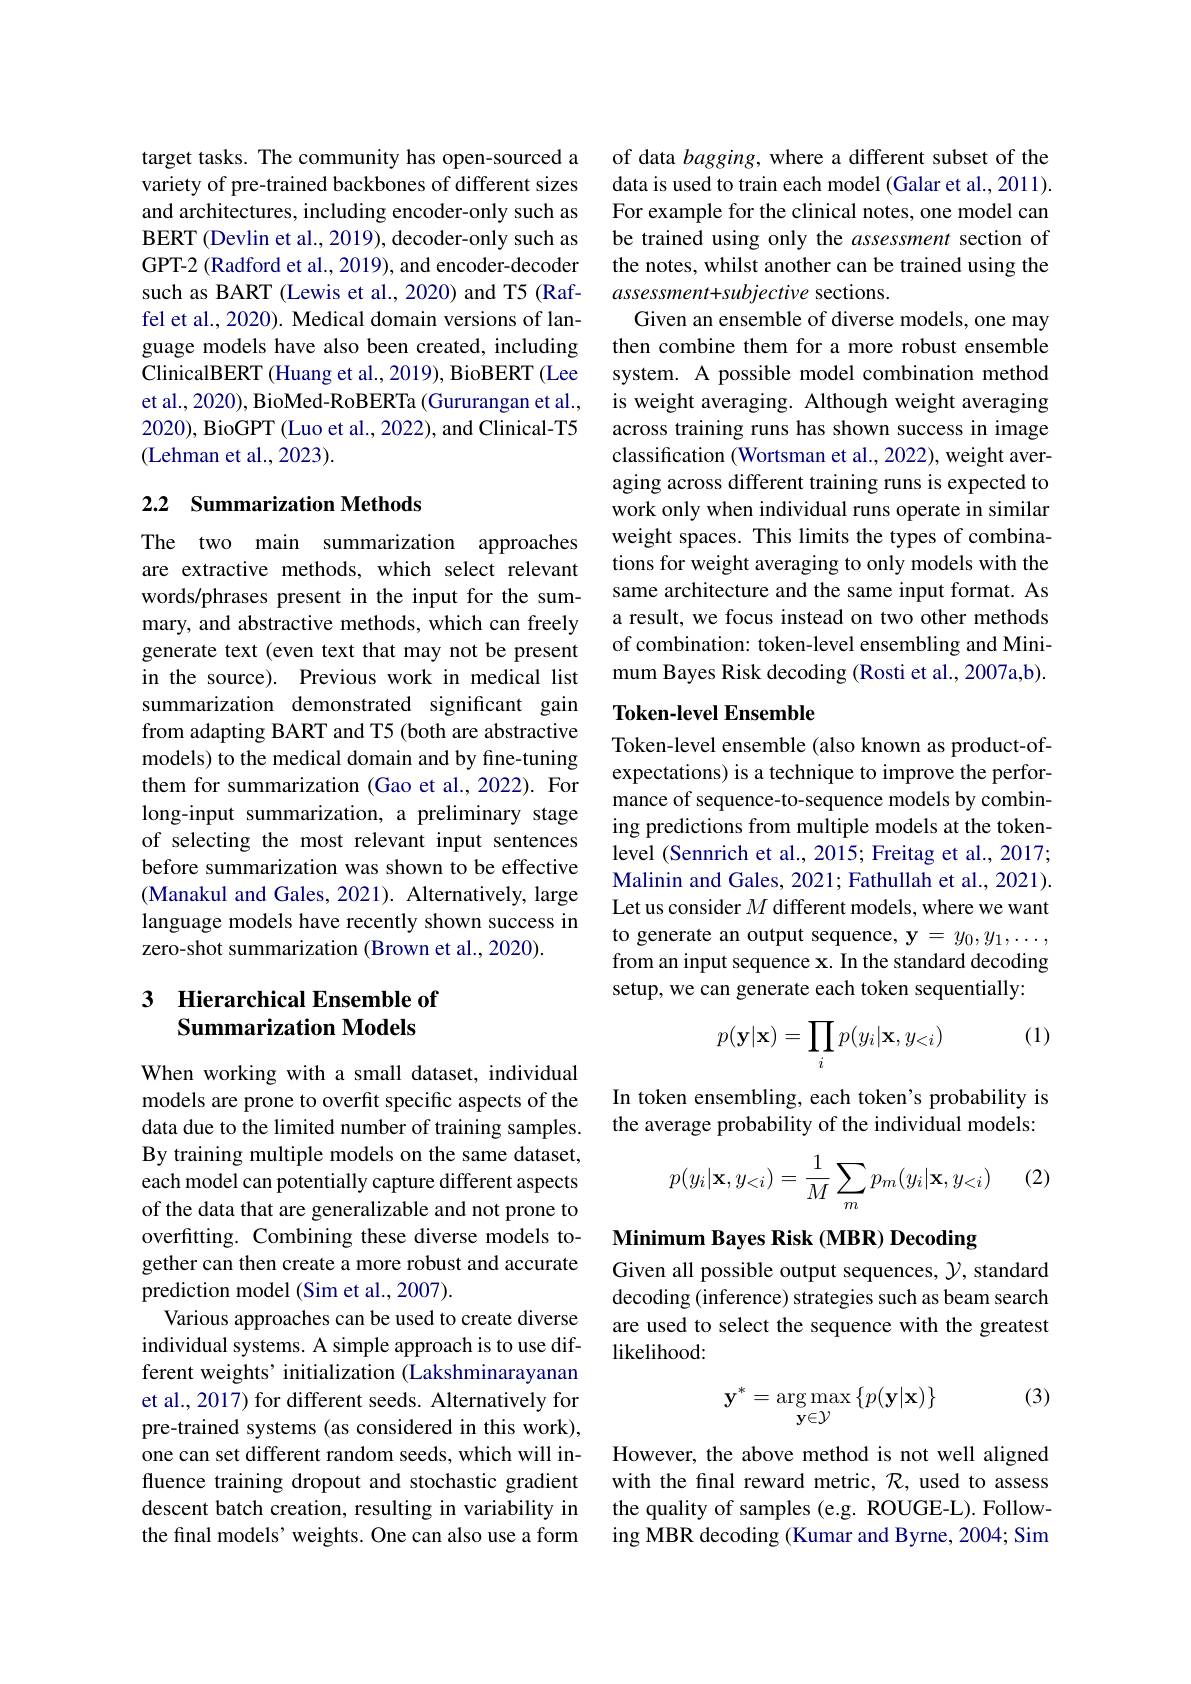
target tasks. The community has open-sourced a variety of pre-trained backbones of different sizes and architectures, including encoder-only such as BERT (Devlin et al., 2019), decoder-only such as GPT-2 (Radford et al., 2019), and encoder-decoder such as BART (Lewis et al., 2020) and T5 (Raffel et al., 2020). Medical domain versions of language models have also been created, including ClinicalBERT (Huang et al., 2019), BioBERT (Lee et al., 2020), BioMed-RoBERTa (Gururangan et al., 2020), BioGPT (Luo et al., 2022), and Clinical-T5 (Lehman et al., 2023).

## 2.2 Summarization Methods

The two main summarization approaches are extractive methods, which select relevant words/phrases present in the input for the summary, and abstractive methods, which can freely generate text (even text that may not be present in the source). Previous work in medical list summarization demonstrated significant gain from adapting BART and T5 (both are abstractive models) to the medical domain and by fine-tuning them for summarization (Gao et al., 2022). For long-input summarization, a preliminary stage of selecting the most relevant input sentences before summarization was shown to be effective (Manakul and Gales, 2021). Alternatively, large language models have recently shown success in zero-shot summarization (Brown et al., 2020)

### 3 Hierarchical Ensemble of Summarization Models

When working with a small dataset, individual models are prone to overfit specific aspects of the data due to the limited number of training samples. By training multiple models on the same dataset, each model can potentially capture different aspects of the data that are generalizable and not prone to overfitting. Combining these diverse models together can then create a more robust and accurate prediction model (Sim et al., 2007).
Various approaches can be used to create diverse individual systems. A simple approach is to use different weights' initialization (Lakshminarayanan et al., 2017) for different seeds. Alternatively for pre-trained systems (as considered in this work), one can set different random seeds, which will influence training dropout and stochastic gradient descent batch creation, resulting in variability in the final models' weights. One can also use a form

of data bagging, where a different subset of the data is used to train each model (Galar et al., 2011) For example for the clinical notes, one model can be trained using only the assessment section of the notes, whilst another can be trained using the assessment+subjective sections.
Given an ensemble of diverse models, one may then combine them for a more robust ensemble system. A possible model combination method is weight averaging. Although weight averaging across training runs has shown success in image classification (Wortsman et al., 2022), weight averaging across different training runs is expected to work only when individual runs operate in similar weight spaces. This limits the types of combinations for weight averaging to only models with the same architecture and the same input format. As a result, we focus instead on two other methods of combination: token-level ensembling and Minimum Bayes Risk decoding (Rosti et al., 2007a,b).

### Token-level Ensemble

Token-level ensemble (also known as product-ofexpectations) is a technique to improve the performance of sequence-to-sequence models by combining predictions from multiple models at the tokenlevel (Sennrich et al., 2015; Freitag et al., 2017; Malinin and Gales, 2021; Fathullah et al., 2021). Let us consider $M$ different models, where we want to generate an output sequence, y = y$y_0,y_1,\ldots$, from an input sequence x. In the standard decoding setup, we can generate each token sequentially:

(1)
$$p(\mathbf{y}|\mathbf{x})=\prod_ip(y_i|\mathbf{x},y_{<i})$$
In token ensembling, each token's probability is the average probability of the individual models:

(2)
$$p(y_i|\mathbf{x},y_{<i})=\dfrac{1}{M}\sum_mp_m(y_i|\mathbf{x},y_{<i})$$
Minimum Bayes Risk (MBR) Decoding

Given all possible output sequences, $\mathcal{Y}$, standard decoding (inference) strategies such as beam search are used to select the sequence with the greatest likelihood:

(3)
$$\mathbf{y}^{*}=\underset{\mathbf{y}\in\mathcal{Y}}{\arg\max}\left\{p(\mathbf{y}|\mathbf{x})\right\}$$
However, the above method is not well aligned with the final reward metric, $\mathcal{R}$, used to assess the quality of samples (e.g. ROUGE-L). Following MBR decoding (Kumar and Byrne, 2004; Sim